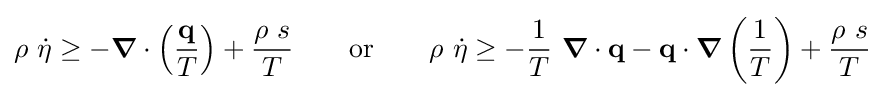
\rho ~{\dot {\eta }}\geq -{\boldsymbol {\nabla }}\cdot \left({\frac {\mathbf {q} }{T}}\right)+{\frac {\rho ~s}{T}}\qquad {\text{or}}\qquad \rho ~{\dot {\eta }}\geq -{\frac {1}{T}}~{\boldsymbol {\nabla }}\cdot \mathbf {q} -\mathbf {q} \cdot {\boldsymbol {\nabla }}\left({\frac {1}{T}}\right)+{\frac {\rho ~s}{T}}